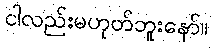
ငါလည်းမဟုတ်ဘူးနော်။